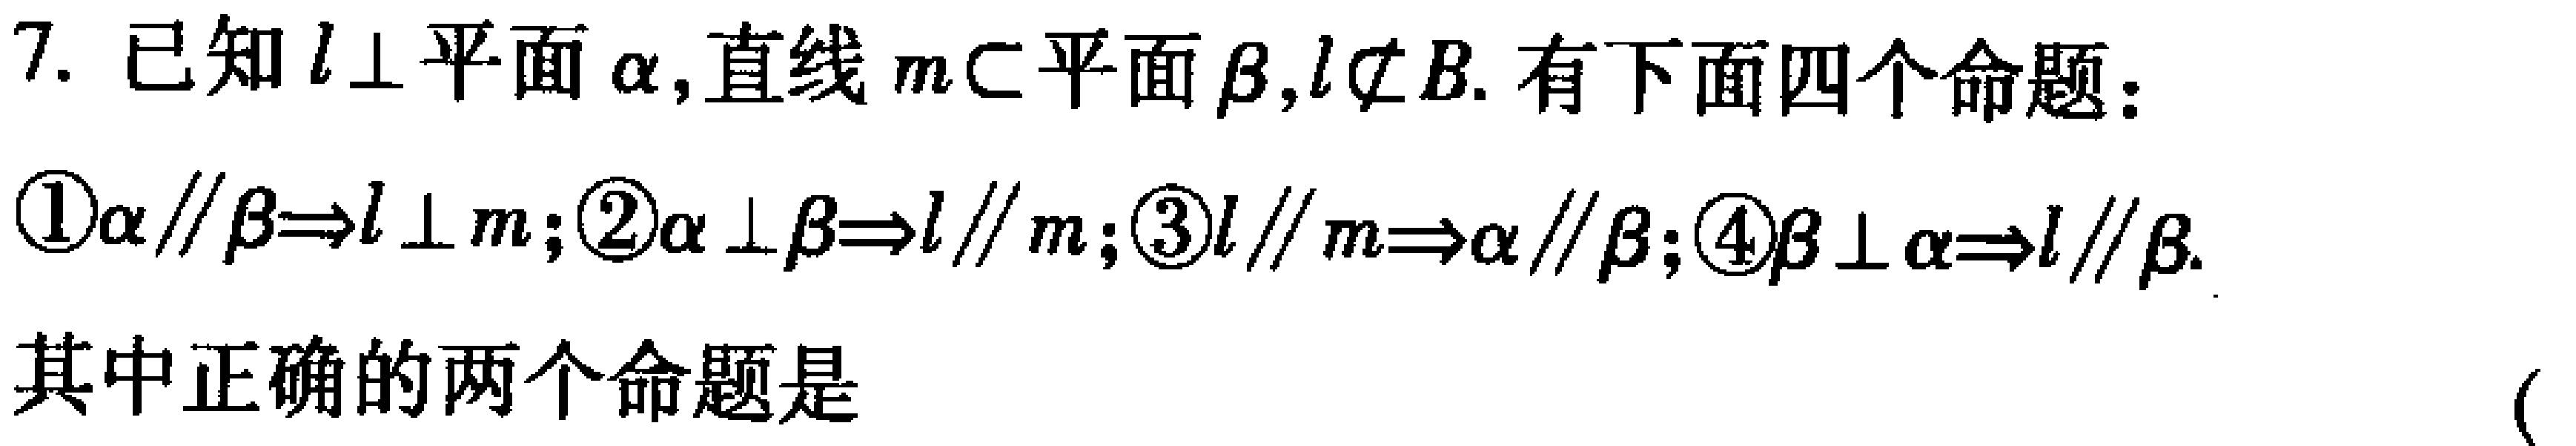
7. 已知\(l\perp\)平面\(\alpha\)，直线\(m\subset\)平面\(\beta\)，\(l\not\subset\beta\). 有下面四个命题：
\textcircled{1}\(\alpha\parallel\beta\Rightarrow l\perp m\)；\textcircled{2}\(\alpha\perp\beta\Rightarrow l\parallel m\)；\textcircled{3}\(l\parallel m\Rightarrow\alpha\parallel\beta\)；\textcircled{4}\(\beta\perp\alpha\Rightarrow l\parallel\beta\).
其中正确的两个命题是 （